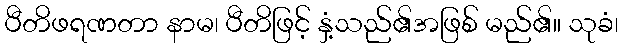
ပီတိဖရဏတာ နာမ၊ ပီတိဖြင့် နှံ့သည်၏အဖြစ် မည်၏။ သုခံ၊